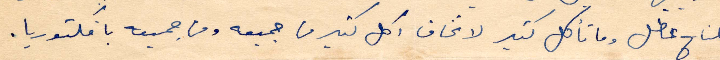
المناخ عطّل وما تأكل كثير لا تخاف اكل كثير من جميعه ومن جميعه يا فكتوريا.